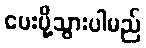
ပေးပို့သွားပါမည်